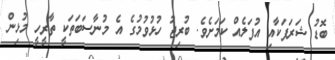
ބޮޑު ޝަރަފަކާއި އުފަލެއް ކަމަށެވެ. ބުރިޖު ހުޅުވުމުގެެ އެ މުނާސަބަތަކީ ތާރީހީ މުޅިން